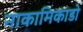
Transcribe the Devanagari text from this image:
नाकामिकाडो